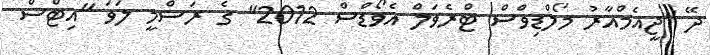
ދޭ "ޖީއެމްއާރު މޯލްޑިވްސް ޓްރެވަލް އެވޯޑްސް 2012" ގެ ރަސްމީ ލަވަ "އިޓްސް